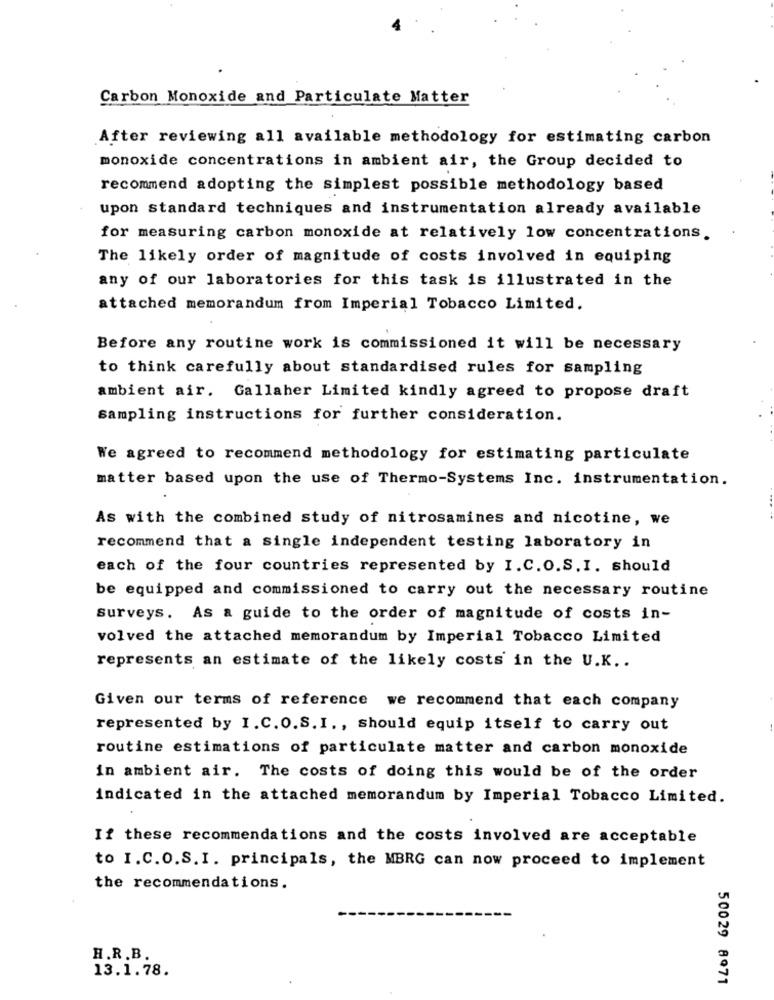
Carbon Monoxide and Particulate Matter
After reviewing all available methodology for estimating carbon
monoxide concentrations in ambient air, the Group decided to
recommend adopting the simplest possible methodology based
upon standard techniques and instrumentation already available
for measuring carbon monoxide at relatively low concentrations.
The likely order of magnitude of costs involved in equiping
any of our laboratories for this task is illustrated in the
attached memorandum from Imperial Tobacco Limited.
Before any routine work is commissioned it will be necessary
to think carefully about standardised rules for sampling
ambient air. Gallaher Limited kindly agreed to propose draft
sampling instructions for further consideration.
We agreed to recommend methodology for estimating particulate
matter based upon the use of Thermo-Systems Inc. instrumentation.
As with the combined study of nitrosamines and nicotine, we
recommend that a single independent testing laboratory in
each of the four countries represented by I.C. O.S. I. should
be equipped and commissioned to carry out the necessary routine
Surveys. As a guide to the order of magnitude of costs in-
volved the attached memorandum by Imperial Tobacco Limited
represents an estimate of the likely costs in the U.K ..
Given our terms of reference we recommend that each company
represented by I. C. O.S. I ., should equip itself to carry out
routine estimations of particulate matter and carbon monoxide
in ambient air. The costs of doing this would be of the order
indicated in the attached memorandum by Imperial Tobacco Limited.
If these recommendations and the costs involved are acceptable
to I.C.O.S. I. principals, the MBRG can now proceed to implement
the recommendations.
H.R.B.
13.1.78.
50029 8971